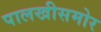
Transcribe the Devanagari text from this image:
पालखीसमोर